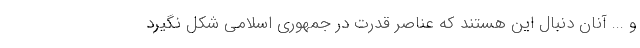
و ... آنان دنبال این هستند که عناصر قدرت در جمهوری اسلامی شکل نگیرد